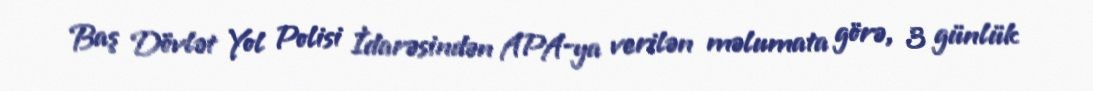
Baş Dövlət Yol Polisi İdarəsindən APA-ya verilən məlumata görə, 3 günlük